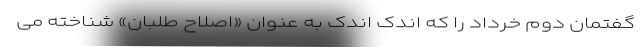
گفتمان دوم خرداد را که اندک اندک به عنوان «اصلاح طلبان» شناخته می